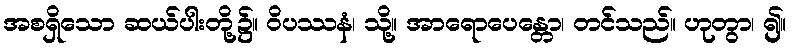
အစရှိသော ဆယ်ပါးတို့၌။ ဝိပဿနံ၊ သို့။ အာရောပေန္တော၊ တင်သည်။ ဟုတွာ၊ ၍။